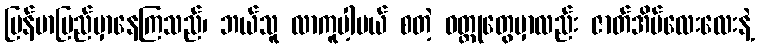
မြန်မာပြည်မှာနေကြသည်၊ ဘယ်သူ လာကူပါ့မယ် စတဲ့ ဝတ္ထုတွေမှာလည်း ဇာတ်အိမ်လေးလေးနဲ့